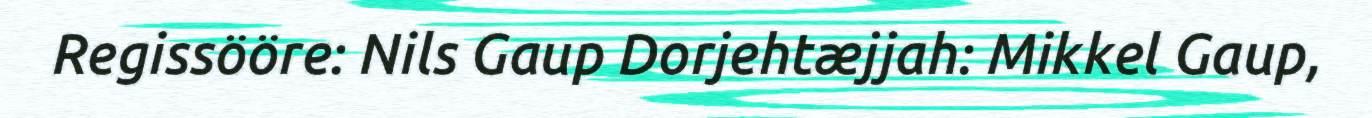
Regissööre: Nils Gaup Dorjehtæjjah: Mikkel Gaup,